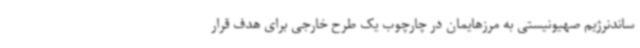
ساندنرژیم صهیونیستی به مرزهایمان در چارچوب یک طرح خارجی برای هدف قرار